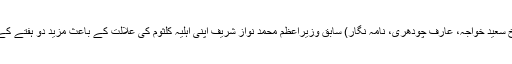
لاہور، لندن، اسلام آباد (فرخ سعید خواجہ، عارف چودھری، نامہ نگار) سابق وزیراعظم محمد نواز شریف اپنی اہلیہ کلثوم کی علالت کے باعث مزید دو ہفتے کے قریب لندن میں رہیں گے۔